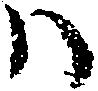
ハ